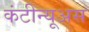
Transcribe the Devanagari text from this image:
कंटीन्यूअस